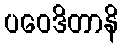
ပဝေဒိတာနိ